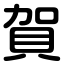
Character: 賀